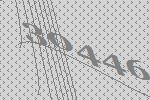
30446